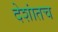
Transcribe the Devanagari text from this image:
देशांतच